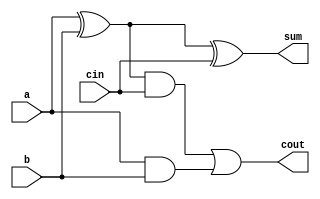
`timescale 1ns / 1ps



module full_adder(a, b, cin, sum, cout);

//define inputs and outputs
input a, b, cin;
output sum, cout;
//design the full adder
//design the sum
xor inst1 (net1, a, b);
and inst2 (net2, a, b);
xor inst3 (sum, net1, cin);
//define the carry-out
and inst4 (net3, net1, cin);
or inst5 (cout, net3, net2);

endmodule